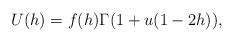
LaTeX: \begin{align*} U(h)= f(h) \Gamma(1+u (1-2 h)),\end{align*}